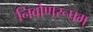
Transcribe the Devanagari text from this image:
निर्वाणरूपम्